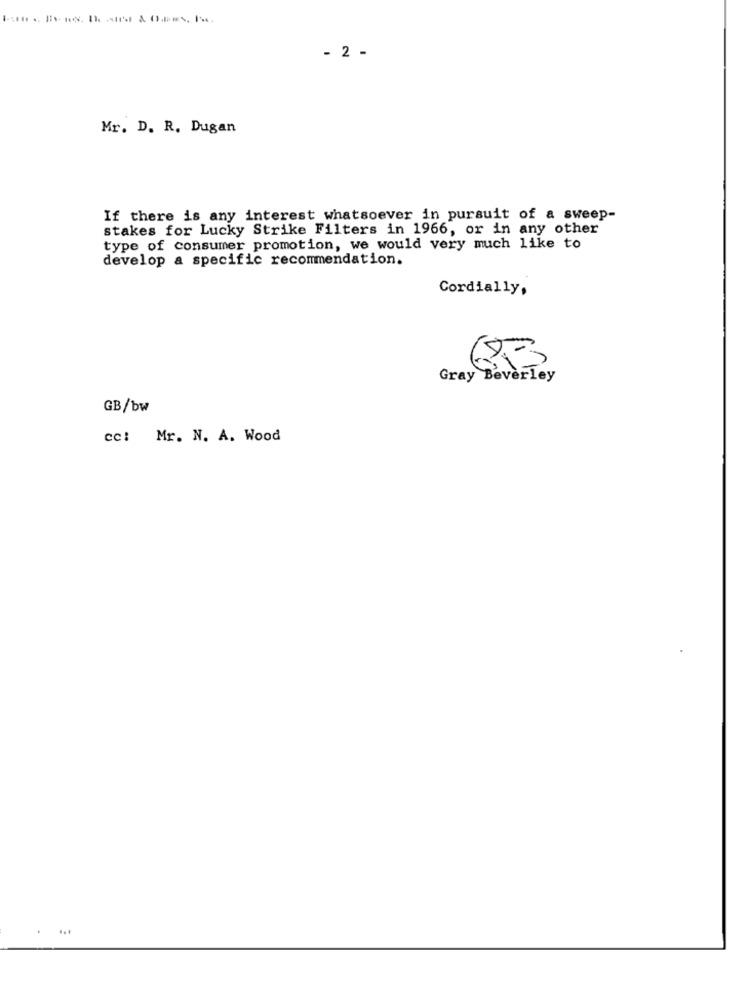
- 2 -
Mr. D. R. Dugan
If there is any interest whatsoever in pursuit of a sweep-
stakes for Lucky Strike Filters in 1966, or in any other
type of consumer promotion, we would very much like to
develop a specific recommendation.
Cordially,
D
Gray Beverley
GB/bw
cc: Mr. N. A. Wood